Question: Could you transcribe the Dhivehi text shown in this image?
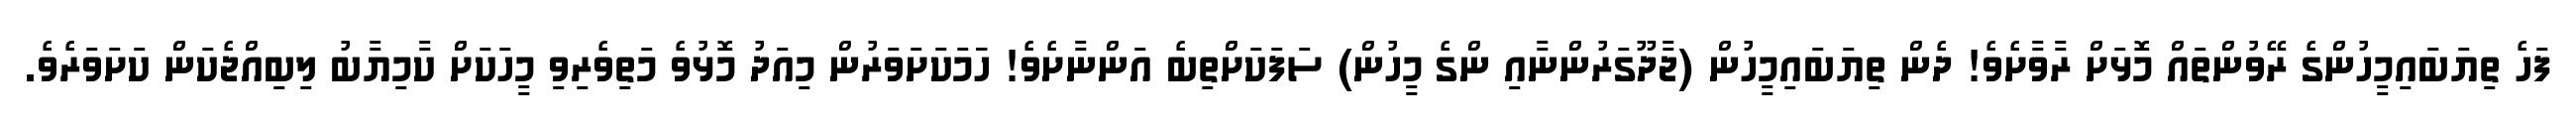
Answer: ފަހެ ތިޔަބައިމީހުންގެ ރޭވުންތައް މޮޅަށް ރާވާށެވެ! ދެން ތިޔަބައިމީހުން (ޖާދޫގަރުންނާއި ންގެ މީހުން) ސަފަކަށްތިބެ އަންނާށެވެ! ހަަމަކަށަވަރުން މިއަދު މޮޅުވެ މަތިވެރިވި މީހަކަށް ކާމިޔާބު ލިބިއްޖެކަން ކަށަވަރެވެ.